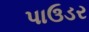
પાઉડર